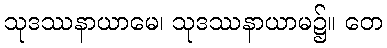
သုဒဿနာယာမေ၊ သုဒဿနာယာမ၌။ တေ